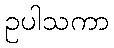
ဥပါသကာ